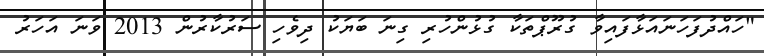
"ހައްދުފަހަނައަޅާފައިވާ ގުރޫޕްތަކާ ގުޅުންހުރި ގިނަ ބަޔަކު ދިވެހި ސަރުކާރުން 2013 ވަނަ އަހަރު